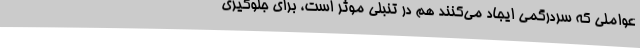
عواملی که سردرگمی ایجاد می‌کنند هم در تنبلی موثر است، برای جلوگیری